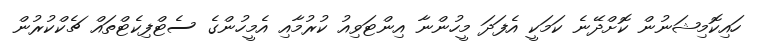
ހައިކޮމިޝަނުން ކޮށްދޭނެ ކަމަކީ އެފަދަ މީހުންނާ އިންޓަވިއު ކުރުމާއި އެމީހުންގެ ސެޓްފިކެޓްތައް ޗެކްކުރުން